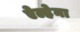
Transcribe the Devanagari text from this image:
ऐल्हेना